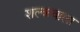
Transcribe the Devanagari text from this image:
शल्कवाला